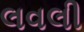
લવલી